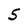
Character: 5